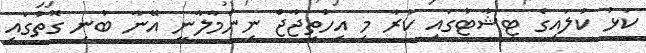
ކަޅު ކުލައިގެ ޓީޝާޓުގައި ކުރާ މި އިހުތިޖާޖް ނިންމާލާނީ އޭނާ ބުނި ގޮތުގައި